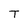
Character: T